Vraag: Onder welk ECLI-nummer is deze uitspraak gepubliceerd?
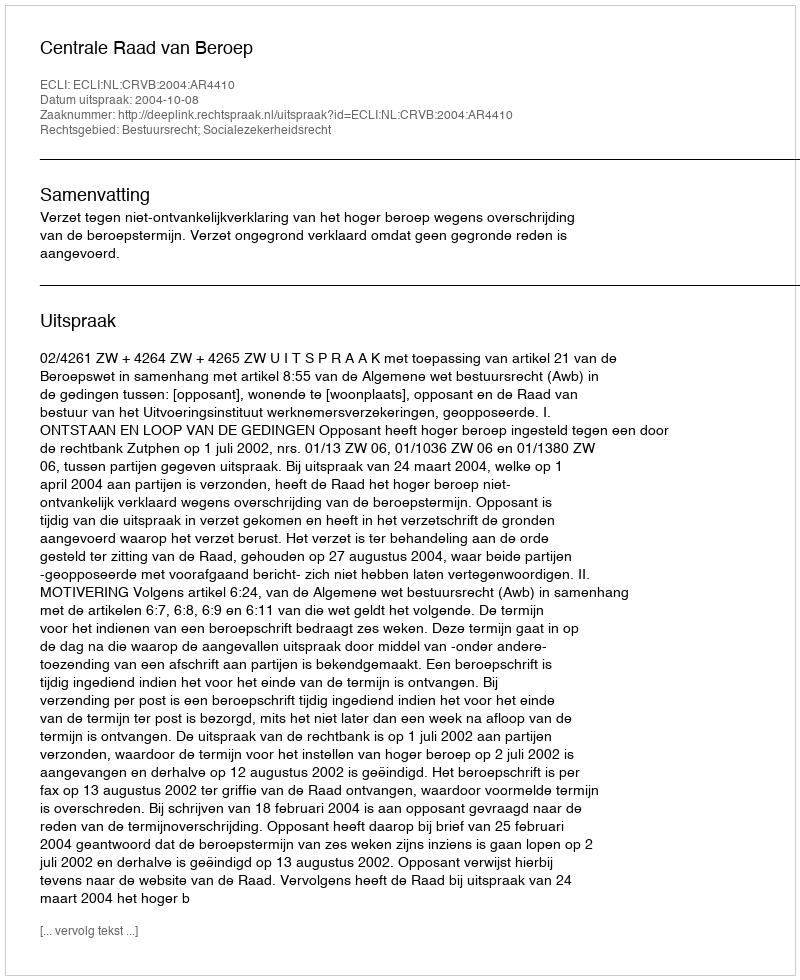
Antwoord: ECLI:NL:CRVB:2004:AR4410